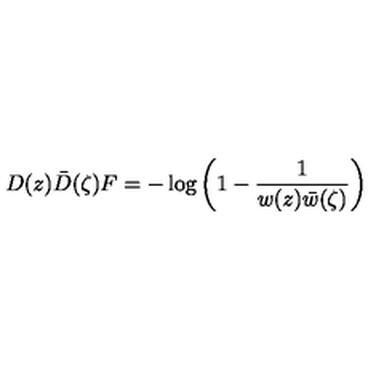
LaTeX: D ( z ) \bar { D } ( \zeta ) F = - \log \left( 1 - \frac 1 { w ( z ) \bar { w } ( \zeta ) } \right)